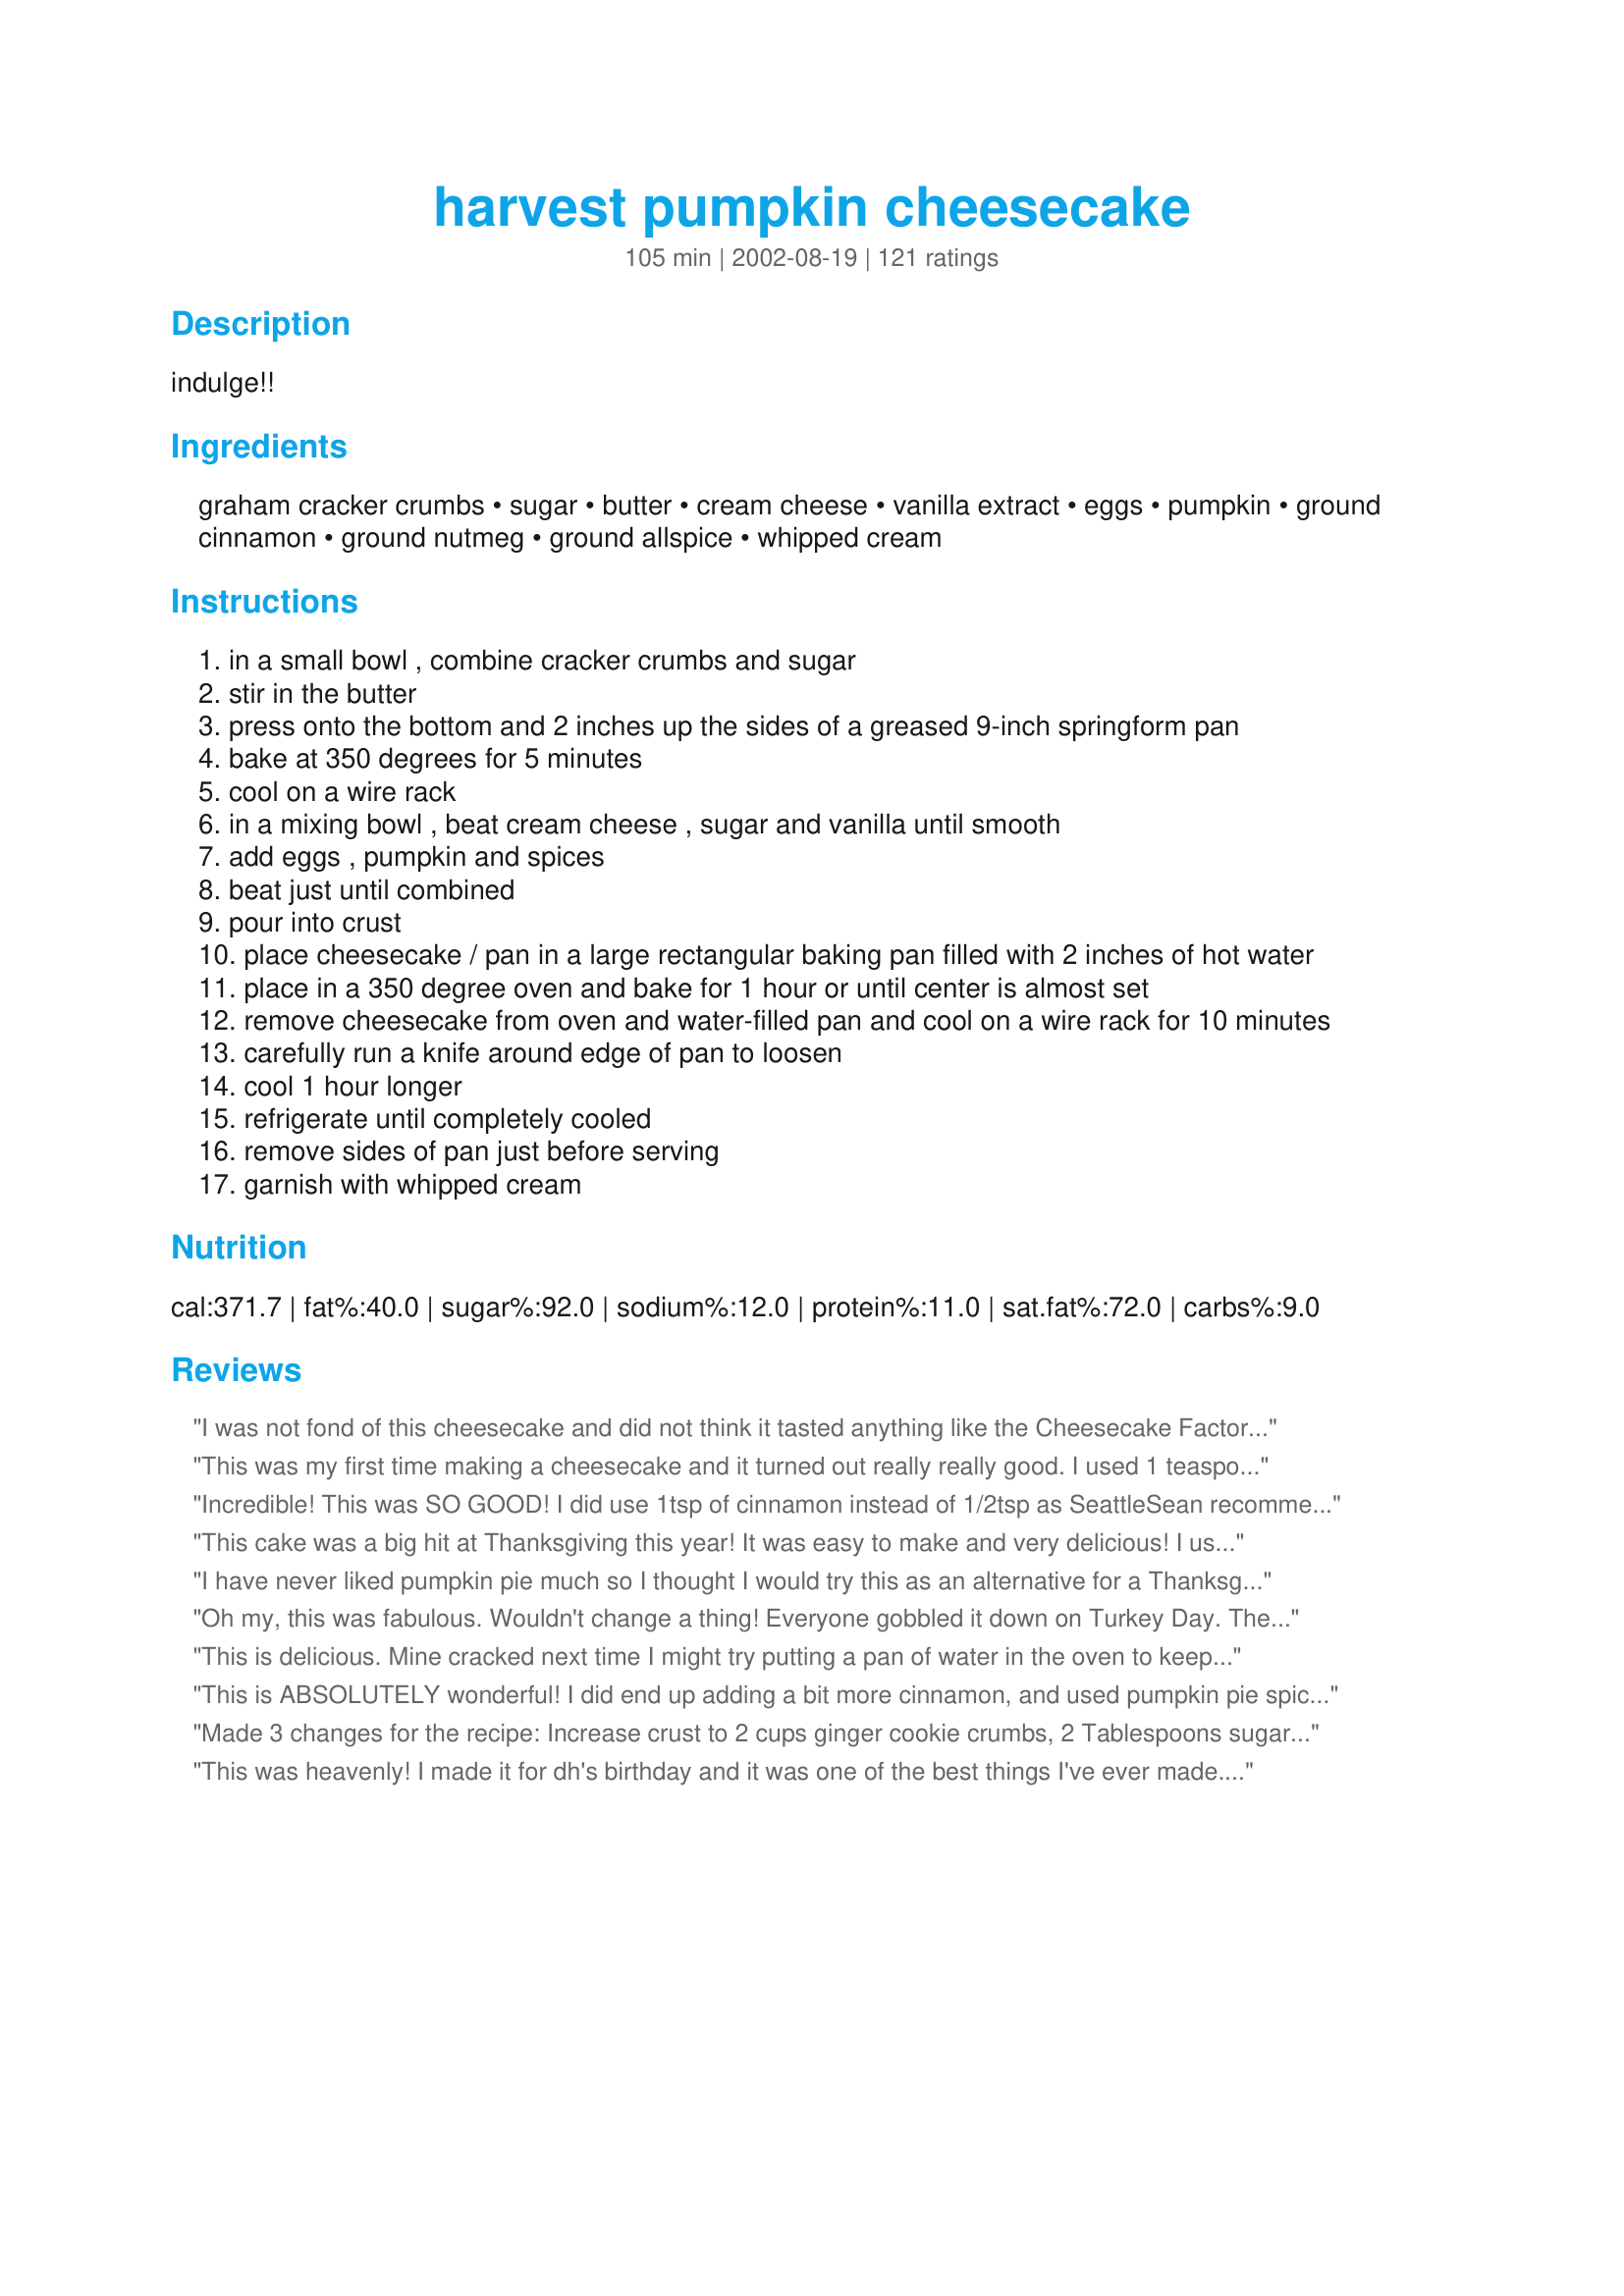
harvest pumpkin cheesecake
Preparation time: 105 minutes

indulge!!

Ingredients:
graham cracker crumbs, sugar, butter, cream cheese, vanilla extract, eggs, pumpkin, ground cinnamon, ground nutmeg, ground allspice, whipped cream

Steps:
in a small bowl , combine cracker crumbs and sugar
stir in the butter
press onto the bottom and 2 inches up the sides of a greased 9-inch springform pan
bake at 350 degrees for 5 minutes
cool on a wire rack
in a mixing bowl , beat cream cheese , sugar and vanilla until smooth
add eggs , pumpkin and spices
beat just until combined
pour into crust
place cheesecake / pan in a large rectangular baking pan filled with 2 inches of hot water
place in a 350 degree oven and bake for 1 hour or until center is almost set
remove cheesecake from oven and water-filled pan and cool on a wire rack for 10 minutes
carefully run a knife around edge of pan to loosen
cool 1 hour longer
refrigerate until completely cooled
remove sides of pan just before serving
garnish with whipped cream

Reviews:
I was not fond of this cheesecake and did not think it tasted anything like the Cheesecake Factory. I followed the instructions exactly. I am a pretty good baker so it was not my first cheesecake. I will NOT make this again.
This was my first time making a cheesecake and it turned out really really good. I used 1 teaspoon of cinnamon as it was suggested by previous reviewers. Thank you!
Incredible! This was SO GOOD! I did use 1tsp of cinnamon instead of 1/2tsp as SeattleSean recommended since he/she stated they worked at Cheesecake Factory. I don't know that I will ever make a traditional pumpkin pie for Thanksgiving again. This was a HUGE hit. I also made a homemade cinnamon & nutmeg whipped cream to top it off. That was a huge hit too. Recipe used: http://www.recipezaar.com/CinnamonNutmeg-Whipped-Cream-78053. I added some Allspice to it and upped the cinnamon & nutmeg to taste. Was the perfect compliment to this cheesecake and even the apple pie my sister-in-law made.
Being that I had leftover pumpkin after making this and everyone in my family, inckuding myself, has a dog(s) I wanted to find a recipe to use the leftover pumpkin as well. I decided to make homemade pumpkin dog biscuits, pumpkin is really good for dogs. Found this recipe on Zaar: http://www.recipezaar.com/Pumpkin-Dog-Biscuits-28099. Thought I'd share it as well since everyone will have leftover pumpkin after making this recipe. They were a big hit with the dogs. The only change I made to that recipe was to use Rye flour instead of white flour as it is a more healthy option (wheat flour would work as well).
This cake was a big hit at Thanksgiving this year! It was easy to make and very delicious! I used a 9-inch round glass cake pan and it came out perfect! I also used fresh pumpkin puree instead of the canned pumpkin and added a little extra cinnamon. Thank you for sharing this awesome recipe!
I have never liked pumpkin pie much so I thought I would try this as an alternative for a Thanksgiving dessert. Awesome doesn't even begin to describe it. Rich, creamy, and not overdone with the spices. Easier than expected, too. Thanks for posting this one. We love your recipes Nurse Di.
Oh my, this was fabulous. Wouldn't change a thing! Everyone gobbled it down on Turkey Day. The spices were just right and I also piped whipped cream around the edges which added a nice touch. Not a single crack in the top thanks to the water bath. Thanks for this great recipe!!
This is delicious. Mine cracked next time I might try putting a pan of water in the oven to keep it from cracking.
This is ABSOLUTELY wonderful! I did end up adding a bit more cinnamon, and used pumpkin pie spice for the other spices. I also used cinnamon graham crackers for the crust. This was topped with some Cool Whip and a sprinkle of cinnamon! Very very good....and easy too!! Who would have thought!
Made 3 changes for the recipe: Increase crust to 2 cups ginger cookie crumbs, 2 Tablespoons sugar and 7 Tablespoons butter. I LOVE crust!!! Also added 1 Tablespoon of corn starch. I'd read it helps prevent cracks and it really worked! Finally I baked it at 325, for about 10 minutes longer. Also to prevent cracks.<br/><br/>BUT I always get asked for the recipe and people always request me to bake this. In fact, I have one in the oven right now!!!!
This was heavenly! I made it for dh's birthday and it was one of the best things I've ever made. Very easy and delicious! I'll be making this one often! YUM-O!
My mom and I made this for my birthday this year. It was so easy to make and SO delicous! Everyone loved it. We used a gingersnap crust and 1 tsp cinnamon as suggested and the cheesecake was perfect. Yummmm...
The flavors were really great! I don't think I beat my cream cheese enough because it was a little lumpy. I'll have to try this recipe again.
Awesome cheesecake. Everyone is asking for a copy of this recipe. My husband loves it!
I screwed up and made this cheesecake for Thanksgiving along with a plain cheesecake. This pumpkin cheesecake was gone before the plain one was. I plan on making both for now on. This is a wonderful recipe and can not wait to use ginger snaps. Thank You
This is the best! I get requests to make this all the time!
This was very good . Very easy to make .
Fantastic! I just made this for my Thanksgiving part 2 (extra turkey taking up space in my freezer) and everyone who tried it loved it. People were coming back for seconds. I will definitely make this again.
Absolutely delicious! I am always asked to bring this to parties/gatherings. However, instead of one big cheesecake I make small individual ones using premade individual serving size pie crusts - still comes out great and everyone raves. Thank you for the recipe!
This was an excellent cheesecake I made weekend before last. DH was disappointed I wouldn't be doing an encore for Thanksgiving. My sis is bringing the desserts. Very good stuff. I did not have a pan large enough to put my springform pan it for the water bath so I lowered the heat a to 325 degrees and it was okay. I have a penchant for doing it right so I will keep looking for a large enough pan for the springform pan.
Fabulous!!!<br/>I made this after trying some superb and expensilve cheesecake and, trying it that night, it just didn't measure up. Dh said he liked it, but I decided to never make cheesecake again. <br/>I had heard, however, that cheesecake gets better as it "ages" so, I decided to try a bit the next day. I was amazed at the improvement! And then it was even better the next day, and even better the day after that! And then, alas, it was no more. <br/>It was SOOO good. I mean, perfect. One of my favorite desserts ever and yet so nice and rich that I had the willpower to not just gobble the whole thing down. And now, after a suitable interval has passed, I have found a reason to make another. (DH reminded me to make at least a day ahead)<br/>I missed the directions on the water bath somehow, and I do not have a springform pan, so I just baked it in an 8x8 square casserole dish and it still turned out great.
Easy to make and fantastic. Thanks!
Made this for dessert and it was wonderful! After we all had a small piece, I sent the remainder home with my son for his family, thinking my husband and I didn't need to have it around to be tempted...and now I'm sorry I did. It would have been worth the extra calories! Thanks for sharing a great recipe...I'll make another for Thanksgiving, for sure!
This is delicious! It's dense, but not too rich. It has a nice cheesecake flavour that isn't overpowered by the pumpkin. I did increase the cinamon to 1 tsp, as suggested, and I didn't use the foil. I added the eggs to the batter last, and baked it with a dish of water on the oven shelf below. It baked for 50 minutes, and then I turned the oven off and left it in for a further half-hour to cool slowly. I then ran a knife around the edge to loosen it from the pan and let it cool to room temp before putting it in the fridge. No cracks! Not bad for the second cheesecake I've ever made! Thanks for posting this great recipe!
Fantastic! My daughter-in-law requests pumpkin cheesecake each year for the holidays and I could not find my recipe. Oh no! (Never fear, RecipeZaar is here!) I found this recipe and decided to try it even though it was a little different. Boy, are we glad we did! My entire family could not stop eating it, even if we tried! The only change I made was to use ginger snaps for the crust instead of the graham crackers. (I also left out the tablespoon of sugar for the crust.) This added a special touch of flavor that we all love. Other than that, I followed the recipe exactly and will continue to do so for many years. Thanks for sharing, Michele!
This was incredible! I made this for my boyfriend's family on Thanksgiving and they were all over it! My boyfriend doesn't really like sweets but he said it was wonderful! thanks for sharing =)
This is a fantastic cheesecake. I used low-fat cream cheese and added a little cinnamon to the crust. I also didn't see the need to put foil up the outside of the springform pan, so I didn't and it came out beautifully!

Thanks for sharing.
Jan
I made this for my sister's birthday. This was delicious!
Amazing! We've made it 3 times already this season since we moved and have no Costco nearby with their version of this recipe. My favorite variation is to use cupcake liners with 1/2 oreo cookie on bottom for crust, add oreo creams to filling and pour filling in 2/3 full and cook 30-40 minutes. So nice this way to have individual servings and if you have no graham cracker crumbs on hand.
I have made this twice now and love it! It's very simple and has great flavor! I don't have a springform pan so I just poured it into 2 graham cracker crusts and it worked out perfect. The second time I made this I added half a bag of dark chocolate chips...OMG amazing!!! However, I was the only one in this house who liked it with the chocolate added...but regardless..it was awesome and I'll eat it all! Thanks! :)
Made this with the addition of ground pecans in the crust and it was spectacular! So much creamier than the other recipes I've tried; undoubtedly a result of the water bath, but I think using 3pkgs of cream cheese (most other recipes I've used called for 4) may be a contributing factor. My new favorite pumpkin cheesecake!
I followed the instrutions to a T, and this came out VERY FLUFFY. I like a denser cheesecake..and this is so fluffy, so if you like it like that, go for it, but I don't find it very pumpkin-y and the texture is off :(
AMAZING!!! I used 2 teaspoons of pumpkin pie spice since I didn&#039;t have the recommended spices but otherwise followed the recipe exactly. I got a bit impatient and mixed the cream cheese mixture too soon and it showed :( I just discovered that you can make caramel by boiling an unopened can of sweetened condensed milk for 2 - 2/12 hours and letting it cool before opening. What a delicious topping! Just make sure to keep checking the water level of the boiling can to make sure it stays covered with water. Thanks for sharing!
Excellent! A great recipe. I like it spicy so I increased the cinnamon to 1 1/2 tsp. just for my own taste. Super simple and easy to make. Thanks for posting this great recipe Michele7. I am making it again for second time this week today. This was the first cheesecake I have made and not the last!
Easy to make, Huge Hit with the family!! Couldn't stop eating it!!
I modified it by using a WHOLE can of canned pumpkin, which then prompted me to add about 2 T flour (afraid it wouldn't set), added 1/3 cup half-and-half, and an extra egg; used a tsp of pumpkin pie spice replacing the listed spices. In the end when I was pouring into 2 store bought graham cracker crusts (in a lazy mood), there was a little extra. that's okay for me, I just wanted to use up the whole can of pumpkin so it wouldn't go to waste. Then I baked about 40 minutes. There was no cracking or over-browning. I haven't chilled it yet but so far it tastes good.
This cheesecake made our Thanksgiving an elegant family celebration. It turned out beautifully. Very rich and the texture was smooth with no curdles. Received highest praise from all. Thanks Nurse Di.
Glad you all like the recipe. This is one I created back in the late 90's for Top Secret Restaurant Recipes. That's still the best seller of all the TSR books and I'm happy you get to try a few of the original clone recipes from that book and all the others here at RecipeZaar. Enjoy!
--Todd Wilbur, Top Secret Recipes
This was one of the first recipes I tried from Zaar. I had never made cheesecake before. I made this for a gathering. Made homemade whipped cream to top. There was not a single piece left to take home. My dh casually mentioned that we should try all the other cheesecake recipes now. You don't have to tell me twice! - However, I am trying to pace myself - we need to lose a couple pounds first. :) Thank you very much!
I made this last year sometime and forgot to review it. I made little individual cheesecakes and they were so delicious! We gobbled them all up!
Decent recipe, it was almost perfect but I found a better recipe and used the pumpkin part of this recipe. And the gingersnap crust is much better.
I have made this a few times now and it is wonderful. This time I added more cinnamon as many have suggested. I used low fat cream cheese and is has great flavor and is so creamy.
I followed the instructions, which did not instruct to wrap foil or do anything other than to place cheesecake pan straight into water. It was my first time so next time I will not place in water. Disaster and waste of money.
This was a really good cheesecake. The pumpkin taste did not come through too much so depending on your taste that may be good or bad. I made this at Thanksgiving and it was a hit with my whole family.
This is simply fabulous! I've made this several times for holiday dinners and everyone is impressed every single time. I can't wait to make it again this year!
I worked at a Cheesecake Factory in Kansas and this IS the recipe but they put in 1 tsp instead of 1/2 tsp of cinnamon. They also make the crust and put it into the pan and chill it overnight. This is my favorite cheesecake recipe they have, followed by oreo cheesecake...which you can find here on recipezaar as well. Hope this helps! ~Sean in Seattle
This was a fabulous first try! I added l5 oz can of pumpkin l/2 c extra sugar 2 t. vanilla extract, and l t. cinnamon, l t. pumpkin pie spice and l t. nutmeg. Yummy!! Baked for 75 minutes but didn't get darker brown on top as recipe stated it would. Texture was very nice, softer than most cheesecakes even after chilling, but the flavor is incredible.
I've never made cheesecake before and not only was I able to follow this recipe but the first time I made it, it was perfect. It tastes smooth and has a good combination of spice and pumpkin flavor. I have made it many times since with many compliments. Thanks for a great recipe.
Made this as a practice run for Thanksgiving and it is the best pumpkin cheesecake ever. So my guest are going to love this! It cracked a little on the edges even baking it in a pan of water. Maybe I cooked it to long (65 minutes). Well it was a practice run and i will perfect this recipe! Thank you Food.com for this website I love it!
I made this for Thanksgiving dinner and it was very tasty. It wasn't a very "cheesy" cheesecake, but more like a pumpkin pie with a fantastic creamy texture instead of a custardy, sometimes weepy texture like pumpkin pie sometimes has. This will be our choice for future Thanksgivings too.
I made this about 2 months ago and it was so delish!! My mom and I could not stop eating it. We would make room for dessert when this was around. Thanks a lot for the best pumpkin cheesecake!!
Made this 2 years ago and this has become a "if you don't bring...don't come" cheesecake! It is always requested by the family especially the men of the group. Going to make it tomorrow night for Thanksgiving on Thursday! You won't be disappointed.
I changed the cinnamon to 1 tsp. per another reviewer. This is wonderful. I've made it a few times now and most people like the gingersnap cookie crust paired with this the best, which is different than how the Cheesecake Co. I let the cheesecake mellow for 24 - 48 hours before serving.
So decadent. I made this last night and we loved loved loved it. It was fairly easy to prepare and it tasted so good. My family thinks I'm the best....thank you for that. I will make again, as you mentioned around Thanksgiving would be wonderful.
UMMM! Really good cheesecake! I made the recipe using fat free cream cheese and half Splenda,half sugar to cut calories. It still turned out really good. I also used 1 tsp. cinnamon, and 1/2 each of the nutmeg and allspice, as we do like ours with a little more of the spices. Thanks for posting this great recipe, Michelle.
This is a delicious recipe, and the ingredients are delicious, but the way you bake it is KEY. I've made it three times, and it's amazing how one recipe can come out SO many different ways. The best one came out by baking it in a water bath. Wrap it in foil as the recipe calls for, and then put it in a large baking pan with water about halfway up. Hope everyone enjoys it as much as I did!
I thought this recipe was AWESOME! Along with everyone else that ate the pie too! I posted the picture but I wanted everyone to know that I placed ginger snaps on top with some whipped cream. Honestly, this was perfect! You cannot go wrong!
Great cheesecake! I crushed my own graham crackers and found that 1 wrapped package is equal to 1 1/2 cups crumbs. I also used 1 whole teaspoon cinnamon.
I made this delightful cheesecake yesterday afternoon and was able to enjoy a slice today. It was absolutely divine! I was nervous, as I'd never made a cheesecake before. But my nerves were unfounded. This cheesecake was very simple to make, even with my adjustments. I love a thicker crust, so I used 2 cups of crumbled graham crackers; increasing the butter to 7 Tbspns and the sugar to 1Tbspn 2 tspns. I took freddas' tip into consideration (about the cornstarch). I did not have cornstarch on hand so I substituted with 1 Tbspn of confectioner's sugar, as it contains cornstarch. I was pleased that it worked, as the crust did not crack or crumble.<br/><br/>To the filling, I did not have any allspice on hand, I added 1/8 teaspoon of ground clove, and was glad that it did not overpower the nutmeg or cinnamon.<br/><br/>This pumpkin cheesecake was absolutely delicious. Thank you, ratherbeswimmin', for an amazing autumn dessert.
Excellent!!! I used the Neufchafel (however you spell it) instead of real cream cheese and it turned out great!
WOW!!! This is amazing. Give it a try, you won't be sorry.
I made this for work - got rave reviews & requests to share the recipe.
I made this for Thanksgiving and am just now getting around to reviewing it. Very luscious and creamy texture. So rich that a little slice was about all it took to satisfy my craving. Pumpkin spice flavor was excellent. Thanks for another one of your fantastic recipes.
I love pumpkin cheesecake, and this recipe sounds great! I usually use Spiced Wafers, instead of the graham cracker crust. Plus i top it with a sour cream, sugar and vanilla topping, baking for an additional 8 to 10 minutes when it is almost finished. YUMMO!
Good cheesecake, but we felt that there wasn't very much pumpkin flavor. I used Splenda instead of sugar, and used 1 package of fat-free cream cheese and 2 packages of regular, with very good results. Mine took 55 minutes to bake, and had some small cracks. Next time, I plan to double the pumpkin and see what happens.
Every one loved this cheesecake, not as heavy as the norm. I personally thought it tasted very much like a pumpkin pie, good, but I was looking for more cheese cake flavor. I did use fresh pumpkin so maybe that made a differnce. DO NOT skimp on the foil around the pan. I didn't have it far enough up the sides of the pan and the juice made a big mess in my oven.
Fantastic! We loved this cheesecake. My husband "take this to my mom's for Thanksgiving!" An instant family favorite. Easy enough too! I did not have any allspice (was SURE I did) so I added tiny bit of ginger & cloves too.
ADDENDUM: wrap the whole bottom of the pan (and half way up the sides) in a single piece of tin foil if you use a water bath method. The pan leaked on my Thanksgiving cheesecake! Learned this tip too late!
Not that this needs another 5 star review but I just feel I need to cause of all the praise I received today when I took it to a potluck luncheon. I did use a walnut crust instead of what is listed but other than that I made it exactly as listed. I had 6 people ask if they could pay me to make them one for Thanksgiving dinners. Something to think about cause it was so easy to make and I love the way it made my house smell while cooking. Thanks so much for sharing and making a new tradition for my family Thanksgiving dinners.
This was the most amazing pumpkin cheesecake. I added one tsp of cinnamon like other people recommended, and it was easy to make and came out smooth and absolutely delicious. Would definitely make it again.
Not as much like a true cheesecake as I was hoping and was gonna give it less stars....until I tasted it! VERY GOOD. As my co-worker put it "I put my foot in that one."
This was very easy and has a fabulous flavor. Mine came out a bit "thin" because I used a 10 inch spring form pan and was more like a regular pie than a cheesecake, but still really good. I will make it again!
Indulge is right! So creamy and delicious, with just the right amount of pumpkin flavor. Another keeper!
So yummy!
This is incredibly delicious, and so easy! I think it benefits from sitting overnight--as good as it was on Day 1, it was even better (if that's possible!) on Day 2--it was very light in texture the first day, and seemed more dense and cheesecake-y (cheesecake-ish?)the second. I couldn't tell you if it got even better on Day 3, because there was not a trace of it left. This will definitely be one of my contributions to Thanksgiving and Christmas dinners this year!
Oh man!!! This recipe was so perfect, there are just no words. This was my first cheesecake, and my family and I just loved it. I will definitely be making it again.
With my previous failures at making cheesecake haunting me, I decided to give it another try. I used 2 low fat cream cheese and one full fat, otherwise I followed the recipe to a T. I also put a pan of water on the rack below the cheesecake in the oven while it was baking. OMG this is to die for and it was easy.
Well I had to review this again because before I only waited about 10 hours before serving not 24. I figured it wouldn't make that big of a difference... well it does! It tasted so much better the next day. The consistancy was firmer and you would've never known I had used low-fat cream cheese.
This was a cinch to make, and I get nervous making things like cheesecake. The first time I made it, perfection: no cracks, nothing. The second time I made it I was all cavalier about it and the top cracked! (That time was at a high elevation so I'm hoping it was a one time problem). No matter, it still tasted divine.
This looked really nice and tasted fine. I topped it with whipped cream and sprinkled that with cinnamon. I served this at a church lunch and, of course, it disappeared quickly. However, not a single person complimented the taste (and they normally do if they like something).
Very good. I didn't have allspice, so I used pumpkin pie spice. I served it with extra creamy Cool Whip.
This is my fav. pumpkin cheesecake recipe, and I consider myself a bit of a pumpkin cheesecake fanatic. I always make this for family get togethers and the love it! I use the whole tsp of cinnamon and crush gingersnaps for the crust instead of graham crackers.
I add a twist to this. I saute thinly sliced apples with butter and brown sugar. Strain it and to top of cheescake when it is cooked half way and bake the cheesecake the rest of the time. It is out of sight!! Every Thanksgiving, this is what I have to make.The apples give it a little extra special sparkle!!
YUM YUM YUM!! Everyone LOVED it! Thanks for sharing. So so so so good.
Outstanding! Made this for a New Year's gathering, and there weren't any left overs! Used a perferred method of baking cheese cake...in a water filled roaster pan, placed in the oven, and baked for listed time. Very smooth & creamy, with wonderful pumpkin taste.
Fantastic! My MIL said it was the best ever:) My husband had two peices in one night. he never does that. I am not a skilled baker at all and i found this easy. My only complaint is that is was a little too pumpkiny almost on the line of pumpkin pie. But still 10 stars. I topped mine with pecans carmel and crushed gingersnaps. Devine!
I whipped mine extra light, so instead of one pie there was enough filling for three. I liked this because for me often cheesecakes are much too heavy. This way you are only eating one package of cream cheese per pie instead of 3! I do intend on making the more dense one though, even though I think the light may be the keeper :)

Everyone loved it. Baked for 57 minutes, perfectly browned.

Only make it like this if you know your pies will all be eaten up - it will compact down after about 2 days and only fill about 1/2 the shell. - but OH the guilt free pleasure!
this recipe is a keeper! i don't like regular pumpkin pie and thought this would be a nice change. i also added the 1 tsp cinnamon. it was perfect - just enough pumpkin, just enough cheesecake and not overly sweet.
everyone loved it!
Skip the Thanksgiving pumpkin pie this year and make this instead! I made this last year, and it was a hti! No one touched the pumpkin pie that I spent twice the time on! This is easy, and it is excellent. I used a slightly larger springform pan (9"), and just added a few more graham crackers, a little more butter, and sugar. The filling worked out fine. I also added the extra cinnamon that others suggested.
This recipe was amazing. I followed the recipe exactly, but my springform pan is 8.5 inches instead of 8 inches. I did everything the same as if I was using an 8 inch pan and it made no difference. I baked it for 65 minutes and that was the perfect amount of time. I also used a hot water bath by covering the bottom of the pan in aluminum foil and placing it in a glass casserole dish with 1/2 inch of water. Next time I am going to try using crushed gingersnaps instead of graham cracker crumbs for the crust. The graham cracker crumbs were good but I think the gingersnaps would be even better and they would go nicely with the pumpkin flavor. I made this cheesecake to test out the recipe before making it for Thanksgiving dinner. It definitely passed the test. My family is going to love it! Thanks for sharing this great recipe!
Great recipe! I made this cheesecake a little different. I used chocolate graham crakers for the crust and added mini chocolate chips to the batter. For garnish I added cinnamon to my whipping cream for extra punch. The cooking times for me were a little off. After 70 minutes it wasn't quite set, so I turned off the oven and propped it open with a wooden spoon. It yielded a little drier cheesecake more similar to the texture of a New York style. It was yummy and my family & friends loved it.
Yum! I love a nice dense cheesecake, and the pumpkin cheesecake was exactly what I was looking for. I passed up a two hour wait at the Cheesecake Factory, and decided to make my own. Awesome! I changed the crust a little, using 3/4 cup graham cracker crumbs and 3/4 cup crushed ginger snaps. I used freshly grated nutmeg and freshly ground allspice. I was actually hoping no one else would like this so I could have it all to myself, but even my ultra picky 12-year old enjoyed it. Thanks for a wonderful recipe!
Didn't bother with the crust, used fat free cream cheese and egg substitute and it still came out to be the BEST pumpkin cheesecake we have had. Very easy to make too! Thanks for sharing will be making often.
This is very good...really spiced nicely and YUMMY! Next time I will cook for a bit less than instructed (this likely varies by oven) as it was a smidge overdone. Also, I would cut the 1.5 cups of graham crackers down to about 1 or 1.25 cups as this seemed to be just too much crust for an 8" pan. The filling was easy and fabulous tasting! Will definitely be making this one again as it's the best of both the pumpkin pie and cheescake worlds!!! Wonderful!
Oh my goodness I was flipping through my online cookbook and forgot that I never rated this. This recipe is AMAZING!!!!! My husband actually made it for me when I was pregnant and I am happy to say that we ate every bit of it!!! That's probably the 10 lbs. I'm still trying to lose. I would like to make this again and eventually post it on our food blog. We also used a 9x13 pan, doubled the recipe and it was fabulous and it fed a very large gathering! http://rockinldschefs.blogspot.com/ Thank you so much for this AMAZING recipe.
I made this for Thanksgiving and I barely got a slice...it was gone and there were about 10 other desserts there!!! I'm not a huge pumpkin fan but this was really good!!
YUMM! What a pleasant change from pumpkin pie! This was a huge hit at Christmas dinner. I beat the eggs with a fork before adding to the mixture, as this helps with the consistency. I also doubled the cinnamon. This recipe deserves all 5 stars!
This was wonderful. I do not have a spring from pan so I used 2 ready made graham cracker crusts. I added Kittencal's Easy Caramel Sauce or Ice Cream Topping instead of whipped topping and it was fantastic!!! I will do this again and again.
Loved it. I also whipped up some pumpkin whip cream (can be found on recipezaar as well) to top it off.
I always get a bit nervous before I bake a cheesecake, but this one turned out wicked, there were no cracks, and it was creamy and smooth in texture, a hit at my family Thanksgiving dinner, thanks for the keeper!!!
AMAZINGLY delicious! Substituted Splenda for 1/2 of the sugar, used 3/4 cups crushed ginger cookies in addition to the 3/4 cup graham crackers for the crust, and added home-made caramel sauce and Skor bits (from bulk store) as a topping - YUM! Thanks for the recipe!
Maybe I did something wrong, but I did not really care for this recipe. I was expecting it to be very good, but found it to be mediocre. The texture was a bit funny - perhaps it was because I used low-fat cream cheese?? Anyway, I won't make it again.
A little too much cinn. (will cut in half next time) for my husband. But it was a hit at Thanksgiving.
This is a good cheesecake, although I felt is needed more spices than stated, I did increase the spices but next time I will increase them even more, and mabey add in some cloves, I also increased the vanilla by a teaspoon, the texture was pretty good. A must topped with whipped cream. Thanx for sharing!...Kittencal:)
Another five star review. Excellent. Thanks to the reviewer who suggested adding a little more crumbs for a nine inch pan. I used about two cups of crumbs, six tablespoons of butter and the same amount of sugar as listed.
I made this for Thanksgiving Day, and while everyone enjoyed it, I was suprised how much it still tasted like a pumpkin pie, but a very creamy pumpkin pie with a better crust!!!!
If you love cheesecake, and you love fall flavors, you&#039;ll love this. This was so wonderfully full of pumpkin spice flavors, and that traditional cheesecake flavor and texture, that it was almost a sin to eat. Very rich, very good. The whole family went crazy over it. Also was first attempt at cheesecake. Not as difficult as I always told myself it was. quite simple really. Great recipe and no cracks.
I have not made this yet, but my mom has (mommybean - here on recipezaar) This is the best cheesecake I have EVER had! Just a little hint that my mom gave me. When you add the eggs, beat them by hand just until they are runny and add to the batter last. My mom says this is how she keeps here cheesecakes from cracking and sinking in the middle. (Paula Dean's tip) I never knew that, so I just thought I would share the tip! Okay, update: 3/24/08 I made this cheesecake this past weekend! I added 1/2 cup more sugar (another tip from mommy bean) and it was AMAZING!!!! I love this cheesecake so much. Great recipe!
I changed this up a bit the first time I made it. I wanted the goodness of cheesecake and the hint of pumpkin. So I made the whole batch minus the spices and pumpkin and filled the pan with about 1/2+ (less than 3/4) of the plain cheesecake and then took the pumpkin and added it to the remaining cheesecake "batter" mixed with the spices and topped the basic layer. Baked and wala!! I loved it! and so did everyone else. people e-mailed me days later asking for the recipe saying they were still thinking about that cheesecake !! Hope this helps Enjoy!
This was the first time I've EVER made a cheesecake and it turned out to be very easy. I heard that you're supposed to cook cheesecakes in a hot water bath to stay moist, so I did and it turned out perfectly. I made it to bring to work, but I left it at home because I don't want to share :)
Awesome. Followed directions almost exactly and it turned out perfect. I used 2 low fat cream cheese and 1 regular and it was still perfect. I've made another pumpkin cheesecake in the past but this one was simpler and far better tasting. The pumpkin flavor and spices come out perfectly.
This recipe is awesome. I use homemade gingerbread cookie crumbs for the crust (instead of graham crackers). I also drizzle Mrs. Richardson's butterscotch carmel sauce on top of the whipped cream. Last week I made it on Wednesday, refrigerated it and served it Friday night. It was PERFECT!!!
Wonderful &amp; easy recipe for holiday season! If you love pumpkin and cheesecake, you definitely won&#039;t go wrong with this recipe. Thank you for sharing!
So very fabulous. Made this and took to a baby shower. A real big hit with everyone. Ultra-creamy and had a delicious pumpkin spice flavor. I wish I were talented and could have piped whipped cream on top like one of the other reviewers. Would have fancied it up a bit, but I am too much of a novice. Didn't matter, because it was scrumptious and looked nice. Thanks Nurse Di.
SO good! I used gingersnaps for the crust and added some pumpkin pie spice & extra saigon cinnamon to the crumbs before pressing them in my pan. I also used light cream cheese in place of the regular to try to save some calories/fat. I also used saigon cinnamon rather than the regular, but otherwise followed the directions. Topped with recipe 309756. A perfect end to this year's thanksgiving dinner!
I made this for a dessert baking contest and I won! Just want to say thanks for posting. This cheesecake is amazing and I plan on making many more.
I made this for a wedding reception. Turned out perfect. The water bath is definitely the thing to do to make sure the cheesecake doesn't crack. I piped whipped cream around the edges and lightly sprinkled cinnamon over the cream. Beautiful and a rich and creamy cheesecake. Thanks Nurse Di.
Wonderful! Perfect for thanksgiving. I tweaked the recipe a little bit - i used crushed gingersnap cookies inplace of graham crumbs and whipped up some chocolate ganache to drizzle over the top - amazing!
I made this once and people couldn't get enough. Now people keep asking me to make another one. It is fairly easy to make and tastes amazing!
I really enjoyed it. I made it as mini-cheesecakes by putting it in a lined muffin pan with a gingersnap as the crust. The only reason this is not a 5-star is because I had a difficult time figuring out how long to bake it. Otherwise, though, they were the hit dessert for the pumpkin lovers of the party! Thanks!!
This was voted "best pumpkin pie ever" AND "best cheesecake ever" by our family! A hit! I did a quick-easy store-bought base and increased the spices a tad. Otherwise was faithful. Thanks for posting!!!
This recipe is sooo great. I don't have a springform pan, so I doubled the crust and made it in two glass pie pans. I didn't need to double the filling. I cooked it for about 45 minutes, but it produced dark edges...so I'm sure 30-35 minutes would have been sufficient.
Fantastic recipe! I made it last Thanksgiving and plan to make two this year! A perfect balance of flavors--not too sweet or heavy. A definite crowd pleaser, even for those who are not crazy about cheesecake!
